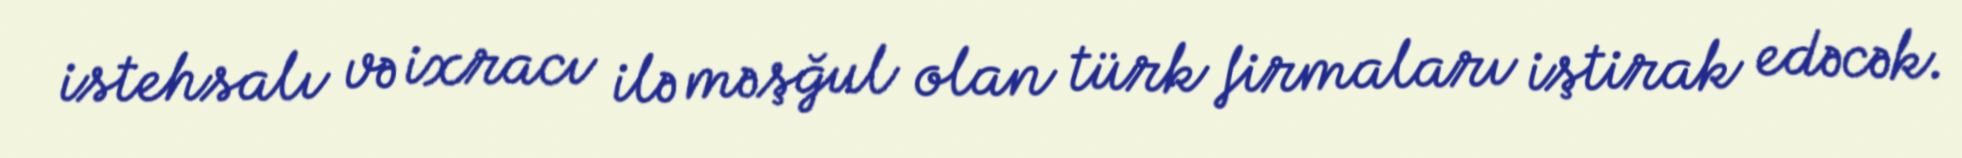
istehsalı və ixracı ilə məşğul olan türk firmaları iştirak edəcək.